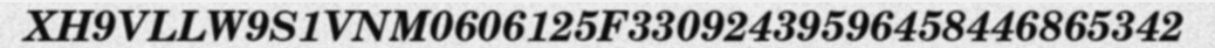
XH9VLLW9S1VNM0606125F33092439596458446865342